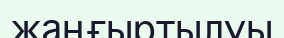
жаңғыртылуы